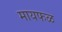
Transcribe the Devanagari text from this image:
मायफळ